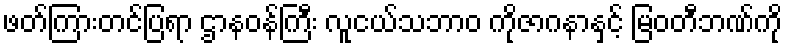
ဖတ်ကြားတင်ပြရာ ဌာနဝန်ကြီး လူငယ်သဘာ၀ ကိုဇာဂနာနှင့် မြဝတီဘဏ်ကို